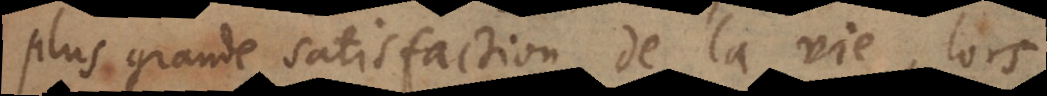
plus grande satisfaction de la vie, lors